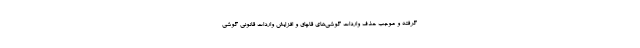
گرفته و موجب حذف واردات گوشی‌های قاچاق و افزایش واردات قانونی گوشی